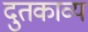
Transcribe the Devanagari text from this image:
दुतकाव्य